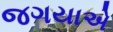
જગયાએ